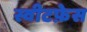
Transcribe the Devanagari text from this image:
स्वीटफ़ेस